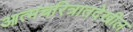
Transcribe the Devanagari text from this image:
आत्मचरित्रातदेखील